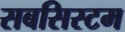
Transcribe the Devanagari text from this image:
सबसिस्टम